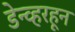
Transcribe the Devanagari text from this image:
डेन्व्हरहून